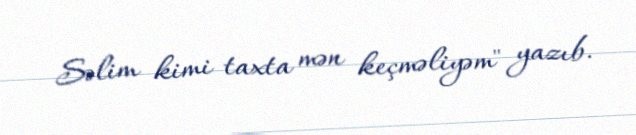
Səlim kimi taxta mən keçməliyəm" yazıb.